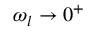
\omega _ { l } \to 0 ^ { + }